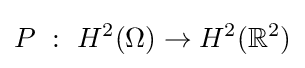
P~:~H^{2}(\Omega )\to H^{2}(\mathbb {R} ^{2})